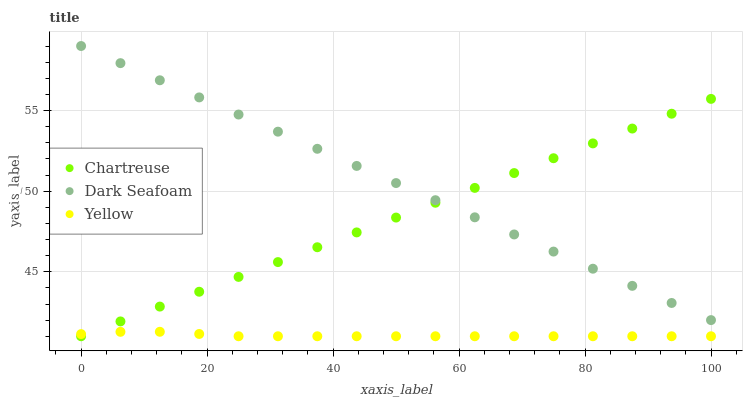
| xaxis_label | Chartreuse | Dark Seafoam | Yellow |
 | --- | --- | --- | --- |
 | 0 | 41 | 59 | 41.1 |
 | 6.25 | 41.9 | 57.9 | 41.3 |
 | 12.5 | 42.8 | 56.9 | 41.3 |
 | 18.8 | 43.8 | 55.8 | 41.1 |
 | 25 | 44.7 | 54.8 | 41 |
 | 31.2 | 45.6 | 53.7 | 41 |
 | 37.5 | 46.5 | 52.6 | 41 |
 | 43.8 | 47.4 | 51.6 | 41 |
 | 50 | 48.4 | 50.5 | 41 |
 | 56.2 | 49.3 | 49.4 | 41 |
 | 62.5 | 50.2 | 48.4 | 41 |
 | 68.8 | 51.1 | 47.3 | 41 |
 | 75 | 52 | 46.3 | 41 |
 | 81.2 | 53 | 45.2 | 41 |
 | 87.5 | 53.9 | 44.1 | 41 |
 | 93.8 | 54.8 | 43.1 | 41 |
 | 100 | 55.7 | 42 | 41 |